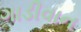
ગાડીવાન